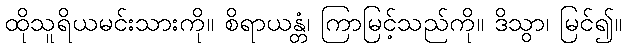
ထိုသူရိယမင်းသားကို။ စိရာယန္တံ၊ ကြာမြင့်သည်ကို။ ဒိသွာ၊ မြင်၍။